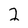
Character: 2